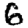
Digit: 6